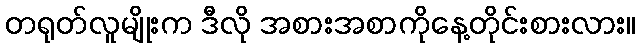
တရုတ်လူမျိုးက ဒီလို အစားအစာကိုနေ့တိုင်းစားလား။